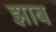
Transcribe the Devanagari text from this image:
झाब